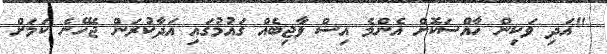
"އަދި ވަކިން ހާއްސަކޮށް އެންމެ އިސް ވާޖިބެއް ގައުމުގައި އަދާކުރަން ޖެހޭނެ ކަމަށް